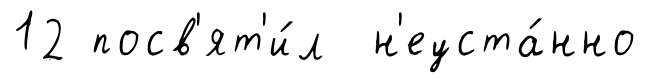
12 посв'ят'и́л н'еуста́нно